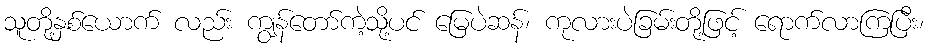
သူတို့နှစ်ယောက် လည်း ကျွန်တော်ကဲ့သို့ပင် မြေပဲဆန်၊ ကုလားပဲခြမ်းတို့ဖြင့် ရောက်လာကြပြီး၊